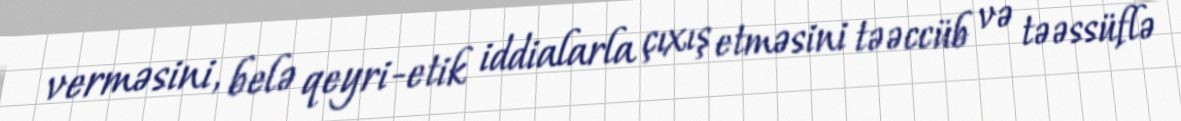
verməsini, belə qeyri-etik iddialarla çıxış etməsini təəccüb və təəssüflə